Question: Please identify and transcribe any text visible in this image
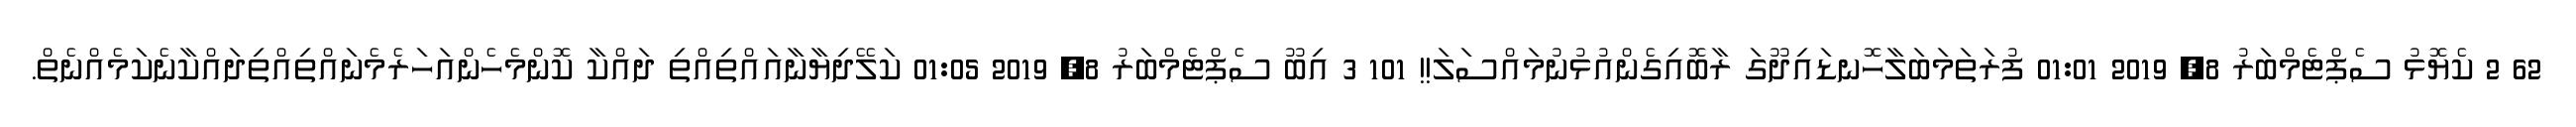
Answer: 62 2 ކެޔޮޅު ސެޕްޓެމްބަރު 8, 2019 01:01 ފުރަތަމަބަލާހޮނޑައިދޫގަ ރާބޮއިގެންއުޅުނުމައްސަލަ!! 101 3 އިބޫ ސެޕްޓެމްބަރު 8, 2019 01:05 ކަލޭދިޔާނާއައްތިއްތި ދައްކާ ކޮންމެހެންއަހަރެމެނައްތިއްތިދައްކާނެކަމެއްނެތް.